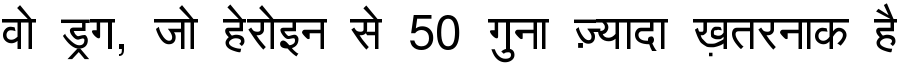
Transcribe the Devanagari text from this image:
वो ड्रग, जो हेरोइन से 50 गुना ज़्यादा ख़तरनाक है